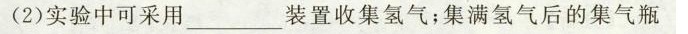
(2)实验中可采用______装置收集氢气；集满氢气后的集气瓶